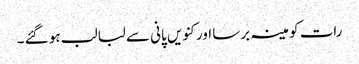
رات کو مینہ برسا اور کنویں پانی سے لبالب ہو گئے ۔